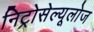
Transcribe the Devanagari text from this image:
निट्रोसेल्यूलोज